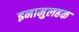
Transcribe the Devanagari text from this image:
इनामुलहक